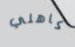
كاهلي